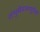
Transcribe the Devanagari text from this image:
शंभुसेवासम्पूरितं